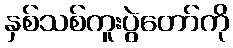
နှစ်သစ်ကူးပွဲတော်ကို